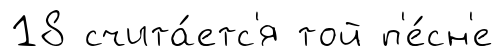
18 счита́етс'я той п'е́сн'е